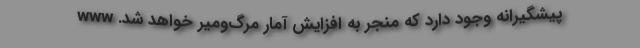
پیشگیرانه وجود دارد که منجر به افزایش آمار مرگ‌ومیر خواهد شد. www